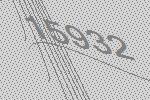
15932